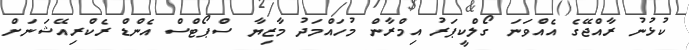
ކުޅުނު ރާއްޖޭގެ އެއްވަނަ ގޯލްކީޕަރު އިމްރާން މުހައްމަދު މާޒިޔާ ސްޕޯޓްސް އެންޑް ރެކްރިއޭޝަނަށް